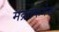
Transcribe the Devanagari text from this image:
मक्रोफगेस